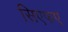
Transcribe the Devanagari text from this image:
सिएफए